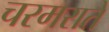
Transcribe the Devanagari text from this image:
चरमराते